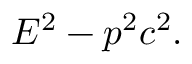
E ^ { 2 } - p ^ { 2 } c ^ { 2 } .